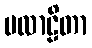
ပလာဠိတာ